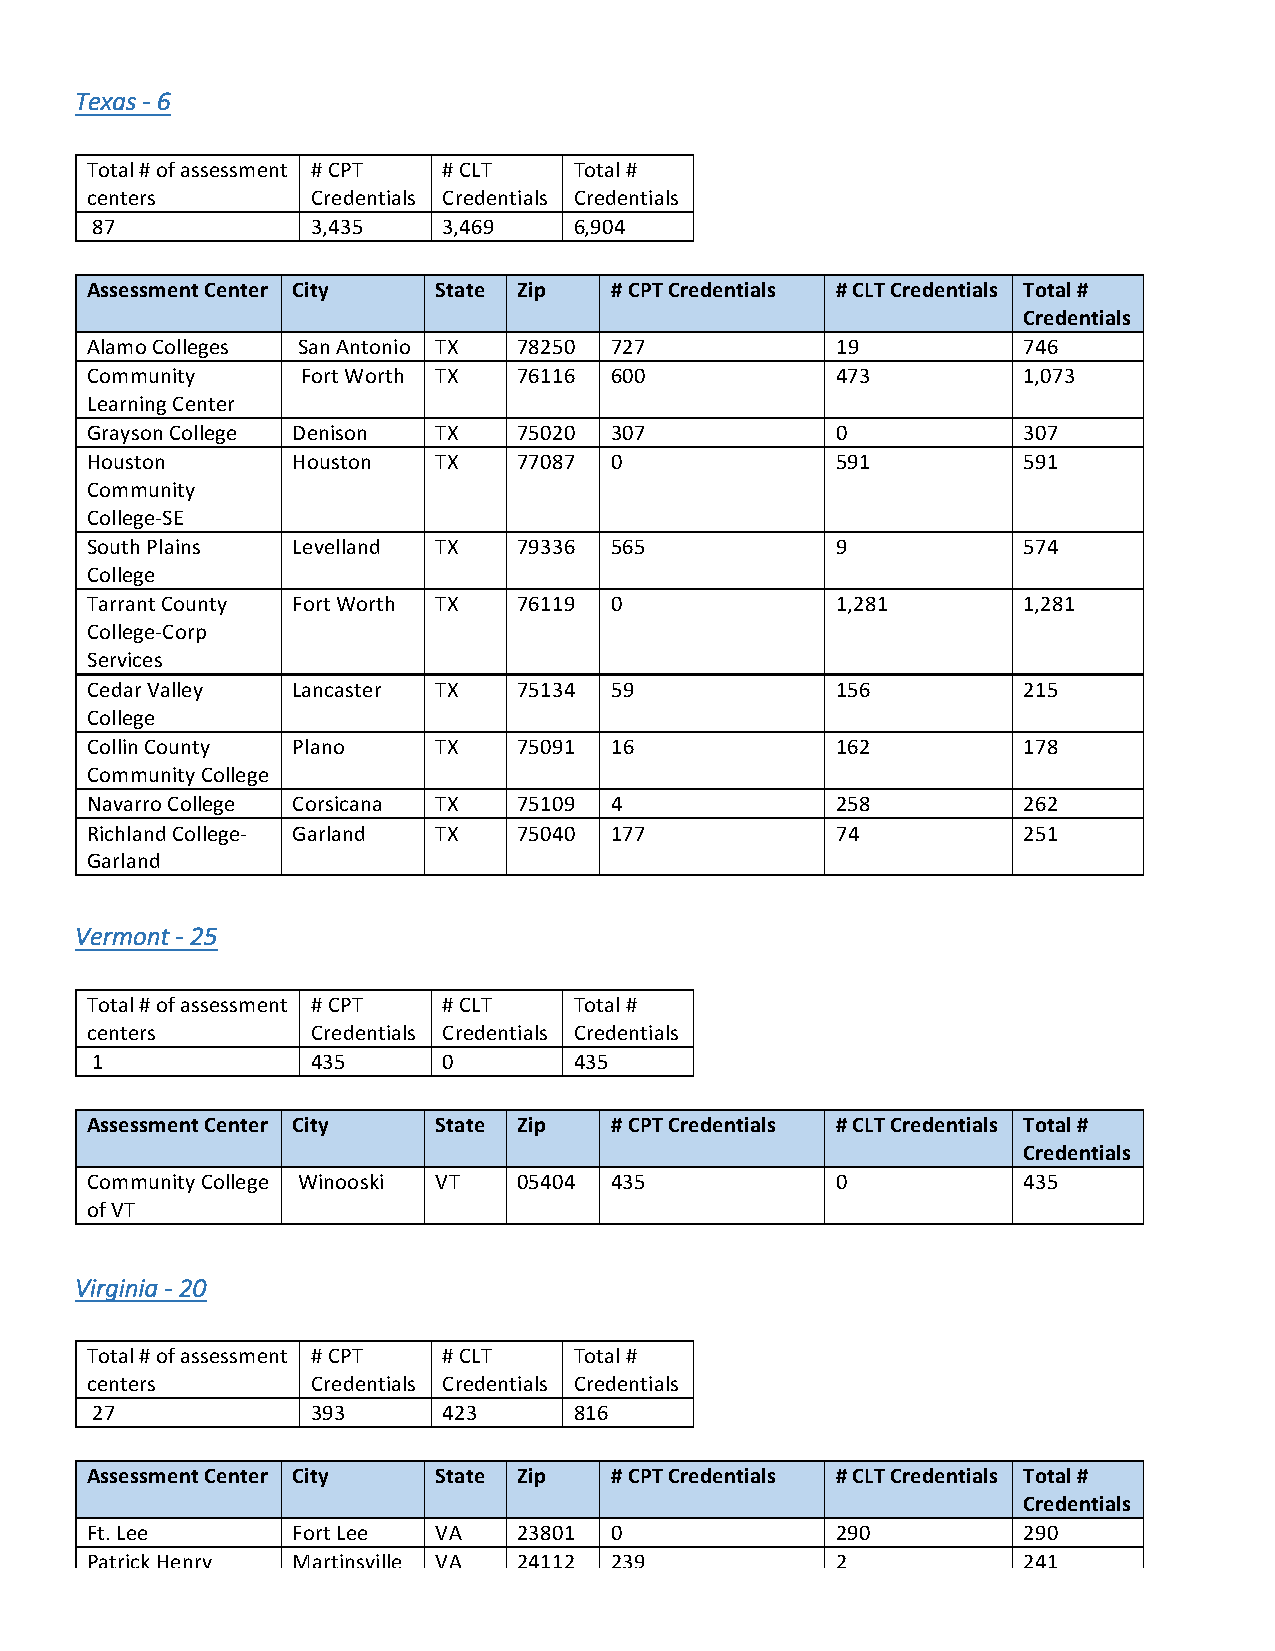
Texas - 6
 Total # of assessment # CPT # CLT Total #
 centers        Credentials Credentials Credentials
 87             3,435   3,469    6,904
 Assessment Center City State Zip  # CPT Credentials # CLT Credentials Total #
 Credentials
 Alamo Colleges San Antonio TX 78250 727          19           746
 Community     Fort Worth TX 76116 600            473          1,073
 Learning Center
 Grayson College Denison TX  75020 307            0            307
 Houston      Houston   TX   77087 0              591          591
 Community
 College-SE
 South Plains Levelland TX   79336 565            9            574
 College
 Tarrant County Fort Worth TX 76119 0             1,281        1,281
 College-Corp
 Services
 Cedar Valley Lancaster TX   75134 59             156          215
 College
 Collin County Plano    TX   75091 16             162          178
 Community College
 Navarro College Corsicana TX 75109 4             258          262
 Richland College- Garland TX 75040 177           74           251
 Garland
 Vermont - 25
 Total # of assessment # CPT # CLT Total #
 centers        Credentials Credentials Credentials
 1              435     0        435
 Assessment Center City State Zip  # CPT Credentials # CLT Credentials Total #
 Credentials
 Community College Winooski VT 05404 435          0            435
 of VT
 Virginia - 20
 Total # of assessment # CPT # CLT Total #
 centers        Credentials Credentials Credentials
 27             393     423      816
 Assessment Center City State Zip  # CPT Credentials # CLT Credentials Total #
 Credentials
 Ft. Lee      Fort Lee  VA   23801 0              290          290
 Patrick Henry Martinsville VA 24112 239          2            241
 Community College